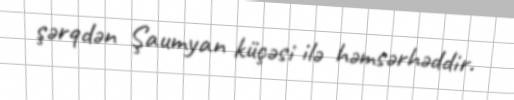
şərqdən Şaumyan küçəsi ilə həmsərhəddir.